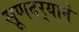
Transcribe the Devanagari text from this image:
सूणदर्‍याने